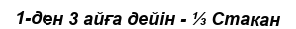
1-ден 3 айға дейін - ⅓ Стакан